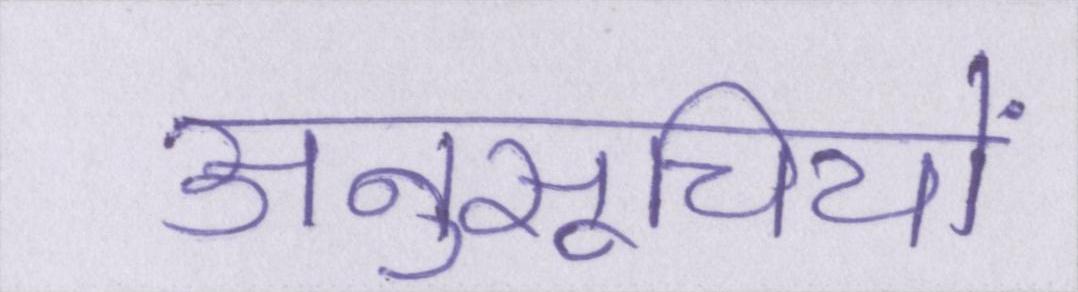
अनुसूचियों